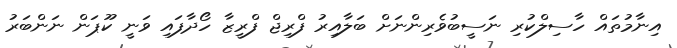
އިނާމުތައް ހާސިލްކުރި ނަސީބުވެރިންނަށް ބަލާއިރު ފްރިޖް ފްރީޒާ ހޯދާފައި ވަނީ ކޫޕަން ނަންބަރު